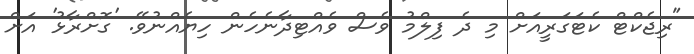
"ރިޖެކްޓް ކެޓަގަރީއަށް މި ދެ ފިލްމު ވެސް ވެއްޓިދާނެހެން ހިޔެއްނުވޭ. 'ގޮށްރާޅު' އަށް